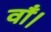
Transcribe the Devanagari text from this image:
वाँ।